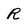
Character: R